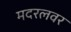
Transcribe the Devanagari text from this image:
मदरलवर